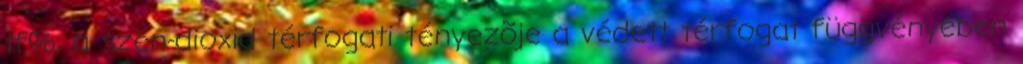
tf%, a szén-dioxid térfogati tényezõje a védett térfogat függvényében